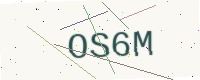
Text: OS6M